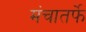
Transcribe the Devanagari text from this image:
मंचातर्फे